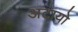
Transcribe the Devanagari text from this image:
अटायो